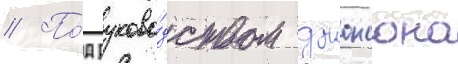
// По́д руково́дством джонсона